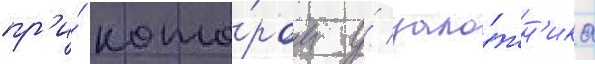
пр'и́ кото́ром у́ зало́жн'ика